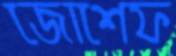
জোশেফ